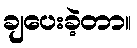
ချပေးခဲ့တာ။